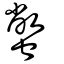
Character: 蟞